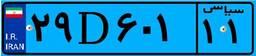
۷۹D۱۵۹۲۵